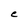
Character: C